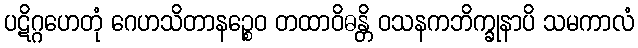
ပဋိဂ္ဂဟေတုံ ဂေဟသိတာနဉ္စေဝ တထာဝိဓန္တိ ဝသနကဘိက္ခုနာပိ သမကာလံ